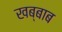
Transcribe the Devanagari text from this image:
खब्बाब